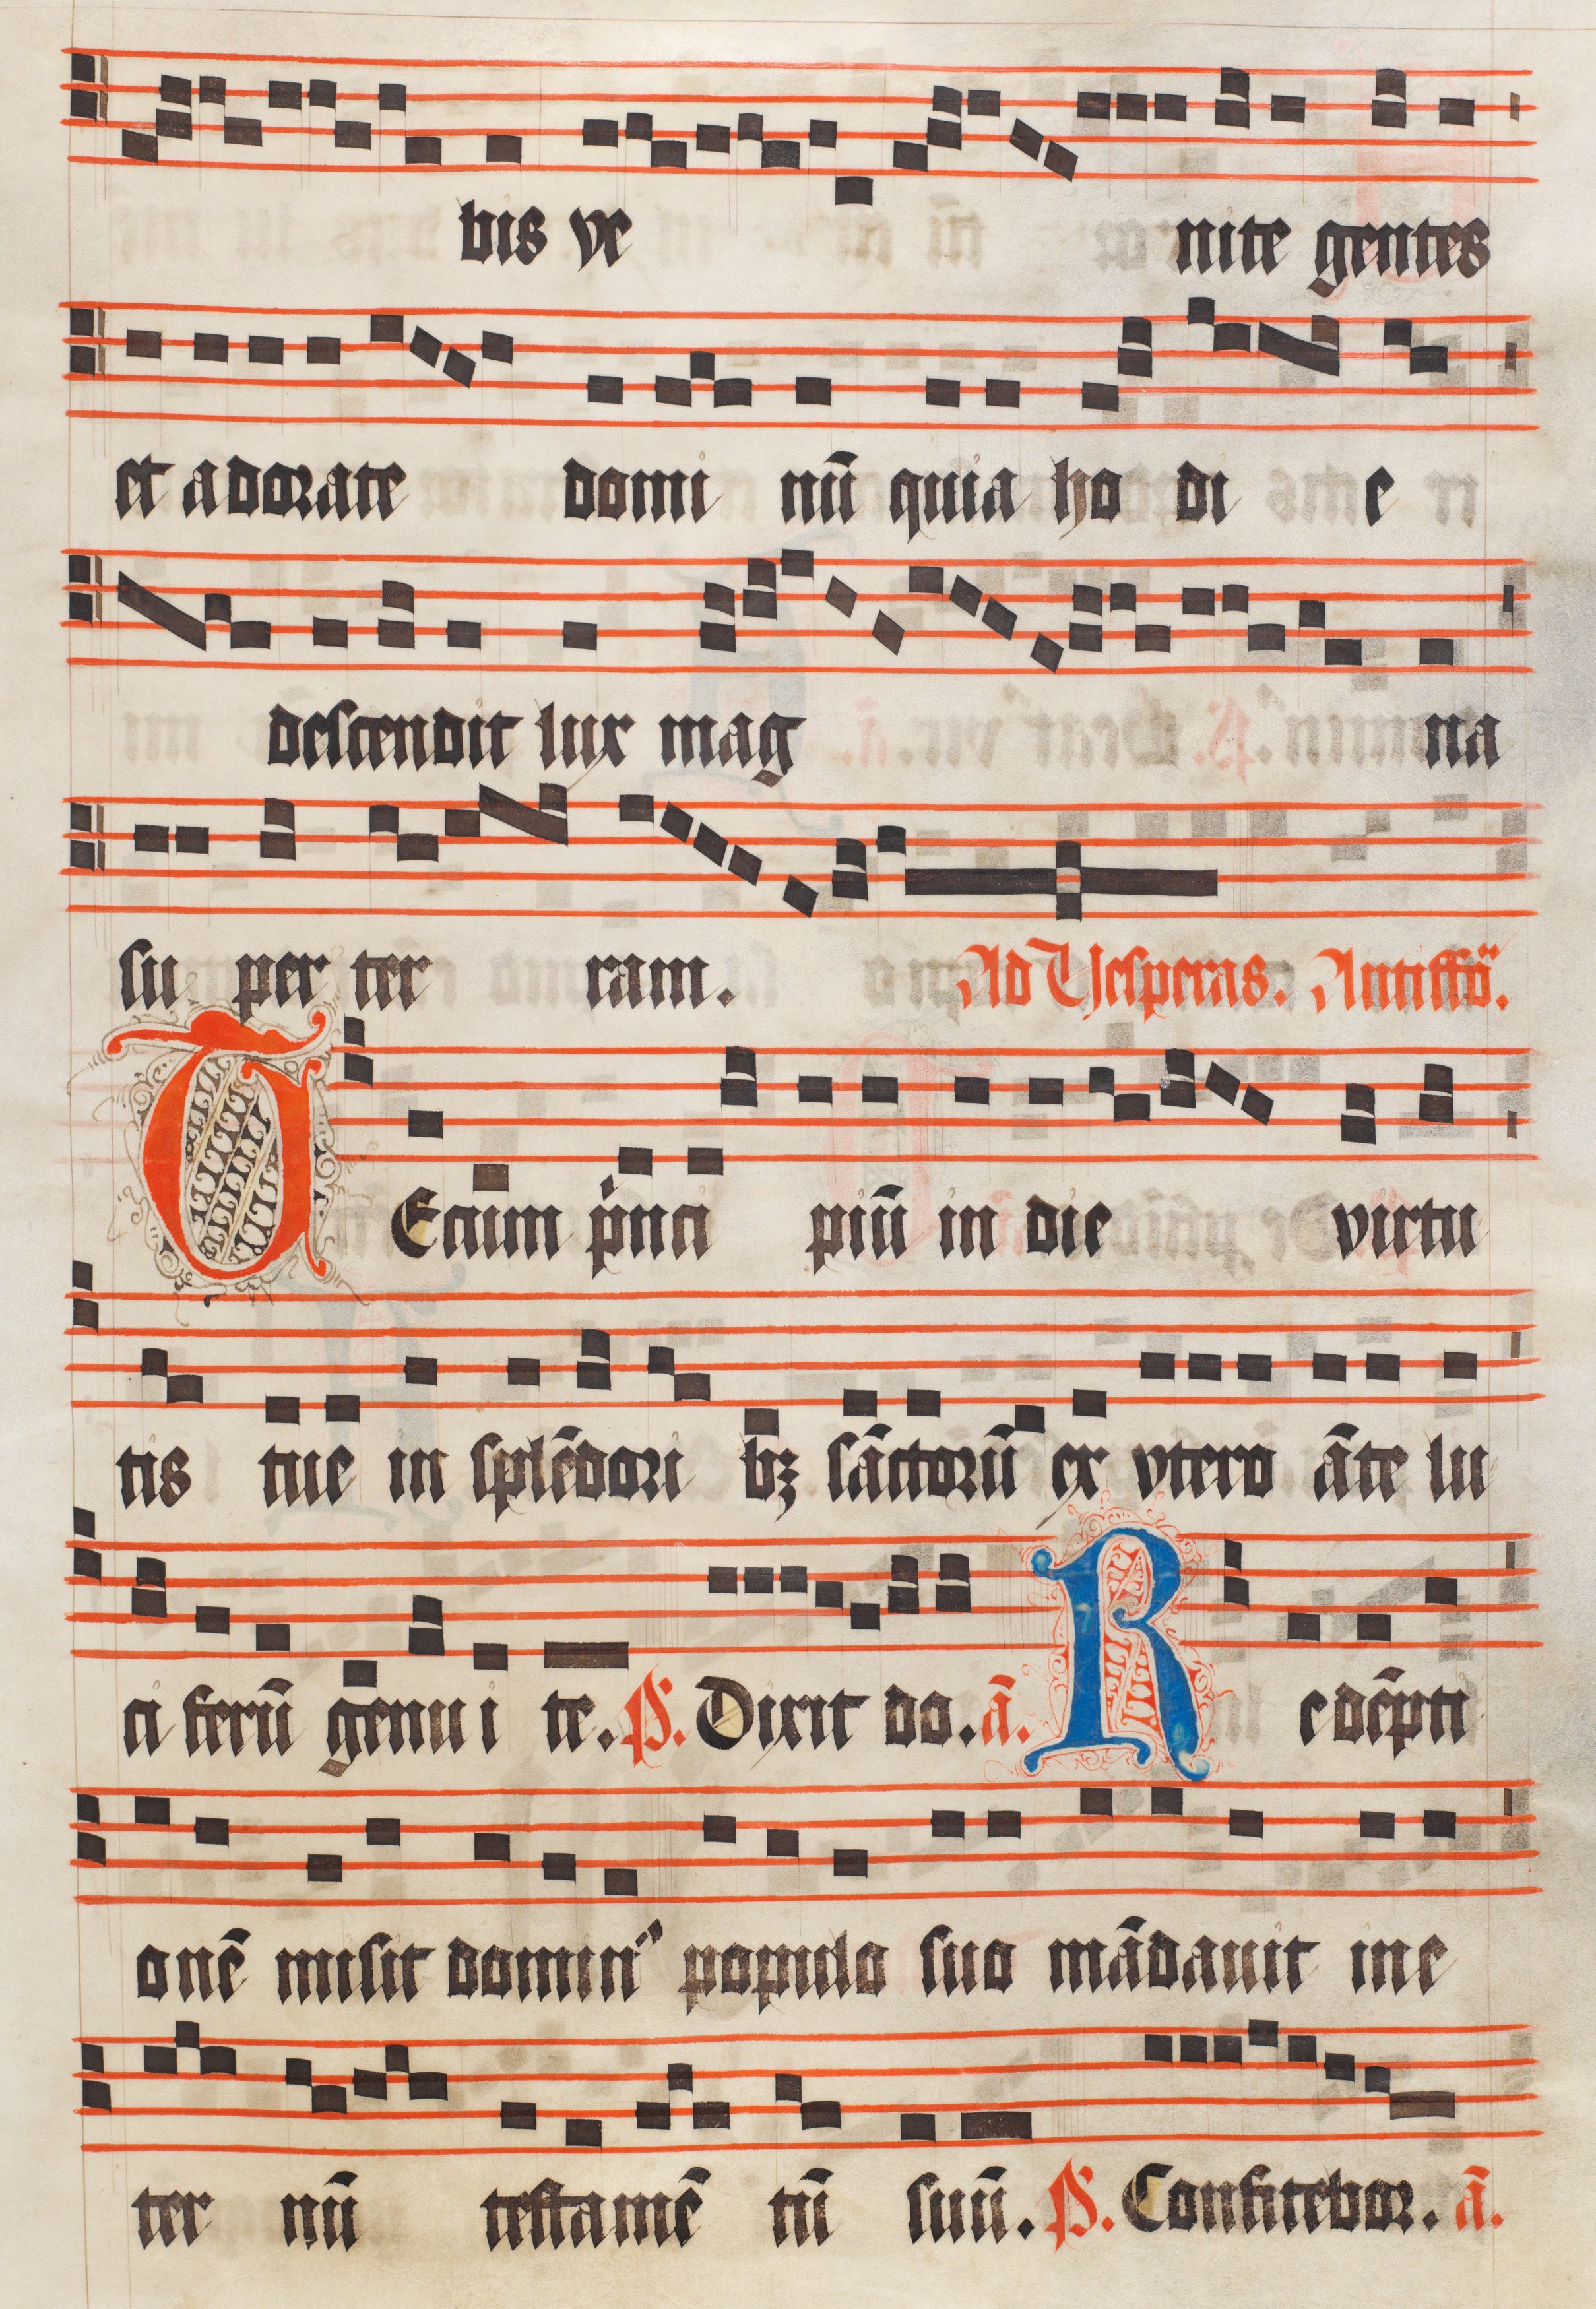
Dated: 1511–1517